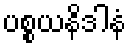
ပစ္စယနိဒါနံ